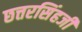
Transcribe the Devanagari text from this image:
छत्तरसिंहजी